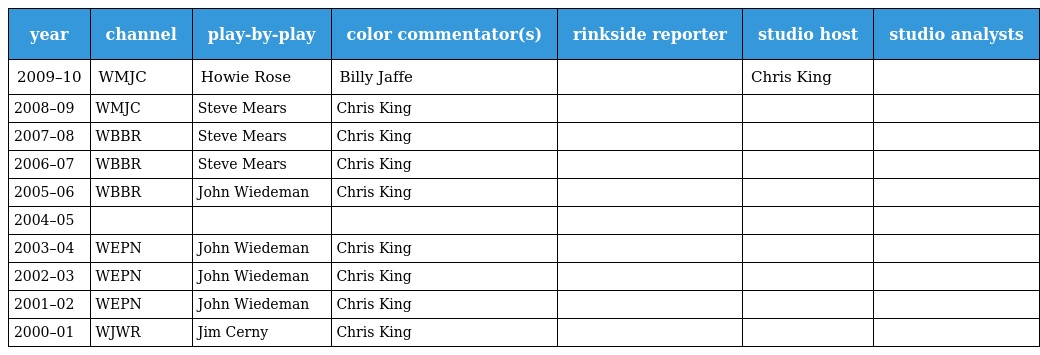
| year | channel | play-by-play | color commentator(s) | rinkside reporter | studio host | studio analysts |
 | --- | --- | --- | --- | --- | --- | --- |
 | 2009–10 | WMJC | Howie Rose | Billy Jaffe |  | Chris King |  |
 | 2008–09 | WMJC | Steve Mears | Chris King |  |  |  |
 | 2007–08 | WBBR | Steve Mears | Chris King |  |  |  |
 | 2006–07 | WBBR | Steve Mears | Chris King |  |  |  |
 | 2005–06 | WBBR | John Wiedeman | Chris King |  |  |  |
 | 2004–05 |  |  |  |  |  |  |
 | 2003–04 | WEPN | John Wiedeman | Chris King |  |  |  |
 | 2002–03 | WEPN | John Wiedeman | Chris King |  |  |  |
 | 2001–02 | WEPN | John Wiedeman | Chris King |  |  |  |
 | 2000–01 | WJWR | Jim Cerny | Chris King |  |  |  |